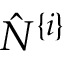
\hat { N } ^ { \{ i \} }